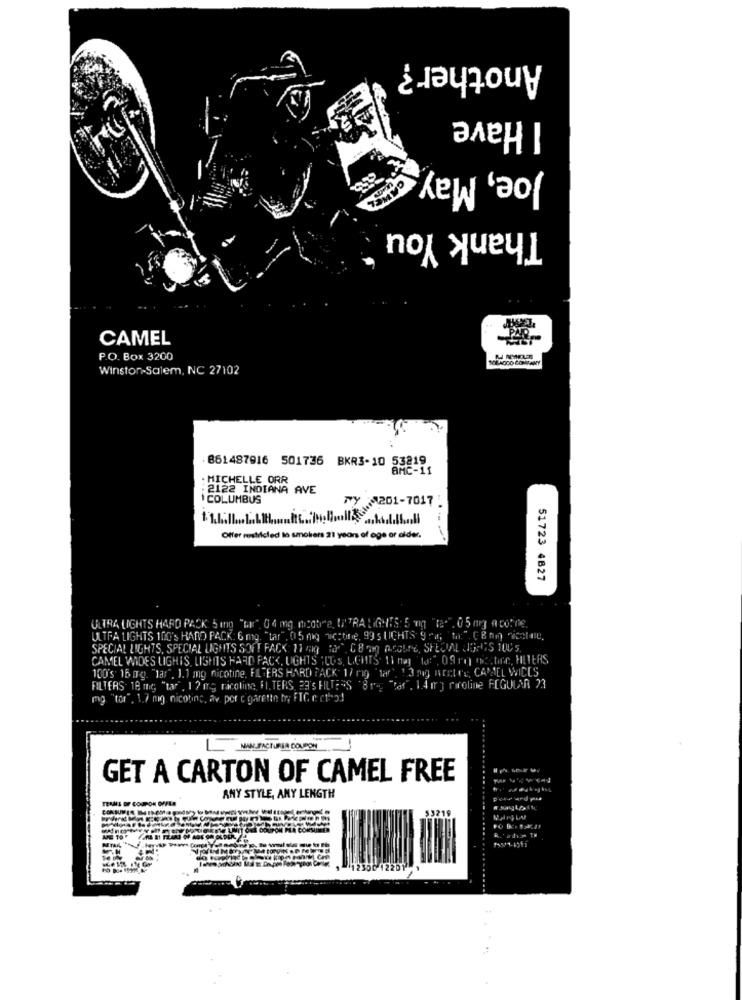
Another?
I Have
Joe, May
Thank You
CAMEL
P.O. Box 3200
SOLA000 CONTANY
Winston-Salem, NC 27102
.861487916 501736 BKR3-10 53219
BMC-11
. MICHELLE ORR
: 2122 INDIANA AVE
COLUMBUS
Ny 8201-7017 .
Offer restricted lo smokers 21 years of age or aider.
51723 4827
ULTRA LIGHTS HARD PACK 5 mg "Lu" 0 4 mg micobre, UITRA LIGHIS: 5 mg "("", 0 5 mg apothe.
ULTRA LIGHTS 100's HARD PACK: 6 mg. "tar", 05 mig nichtine, 99 s LICHTS 9 "d; "ta:" ( B ning "icetee.
SPECIAL LIGHTS, SPECIAL LIGHTS SOFT PACK: 11 mig for", CB ng Arabe, SHEOVL LIGHTS 1005.
CAMEL WIDES LIGHIS, LIGHTS HARD PACK, UGHTS ICOS, LIGHTS. 11 nej "10:", 09 me) $2. tinc, HLTERS
100's 16 ITg. "lar". 1.1 mg nicotine, FILTERS HARD PACK 17 rig 'tar . 13 mig Bretre, CAMEL WICES
FILTERS: 18 mig "tar , 1 2 mg ricoline, FI. TERS, 23's FILTERS 'Smig "tar", LAIr] riroline FIGUUNA 23
mg "tor", 1.7 mig nicotine, av por cigarette by FIC e ctho!
GET A CARTON OF CAMEL FREE
TEAM
ANY STYLE, ANY LENGTH
R. ' ad3 1